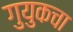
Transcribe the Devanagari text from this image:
गुयुकचा